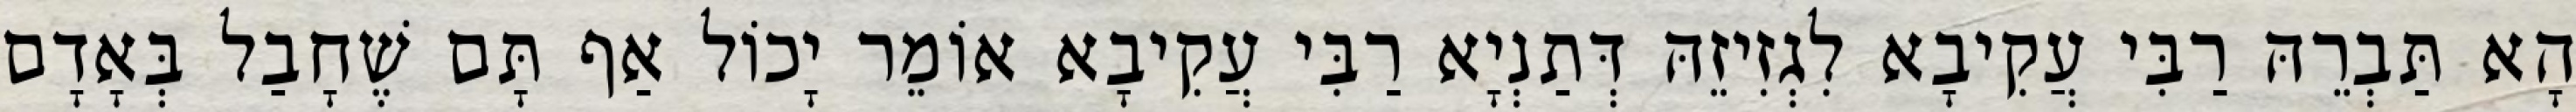
הָא תַּבְרֵהּ רַבִּי עֲקִיבָא לִגְזִיזֵהּ דְּתַנְיָא רַבִּי עֲקִיבָא אוֹמֵר יָכוֹל אַף תָּם שֶׁחָבַל בְּאָדָם